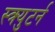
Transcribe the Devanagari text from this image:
स्क्र्युटर्न